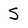
Character: 5